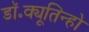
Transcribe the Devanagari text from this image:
डॉ॰क्यूतिन्हो